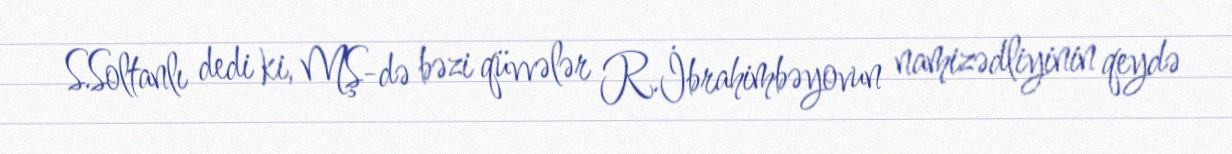
S.Soltanlı dedi ki, MŞ-də bəzi qüvvələr R.İbrahimbəyovun namizədliyinin qeydə